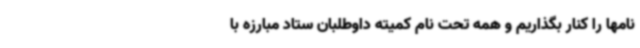
نامها را کنار بگذاریم و همه تحت نام کمیته داوطلبان ستاد مبارزه با